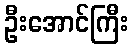
ဦးအောင်ကြီး